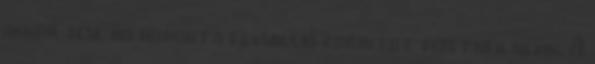
akkor sem, ha naponta egymillió forintot fizetnek nekik. A